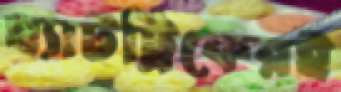
হ্যাটট্রিকেরই